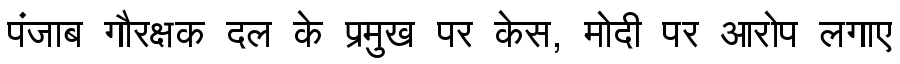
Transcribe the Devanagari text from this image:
पंजाब गौरक्षक दल के प्रमुख पर केस, मोदी पर आरोप लगाए